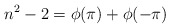
\begin{align*}n^2 - 2 = \phi(\pi) + \phi(-\pi)\end{align*}